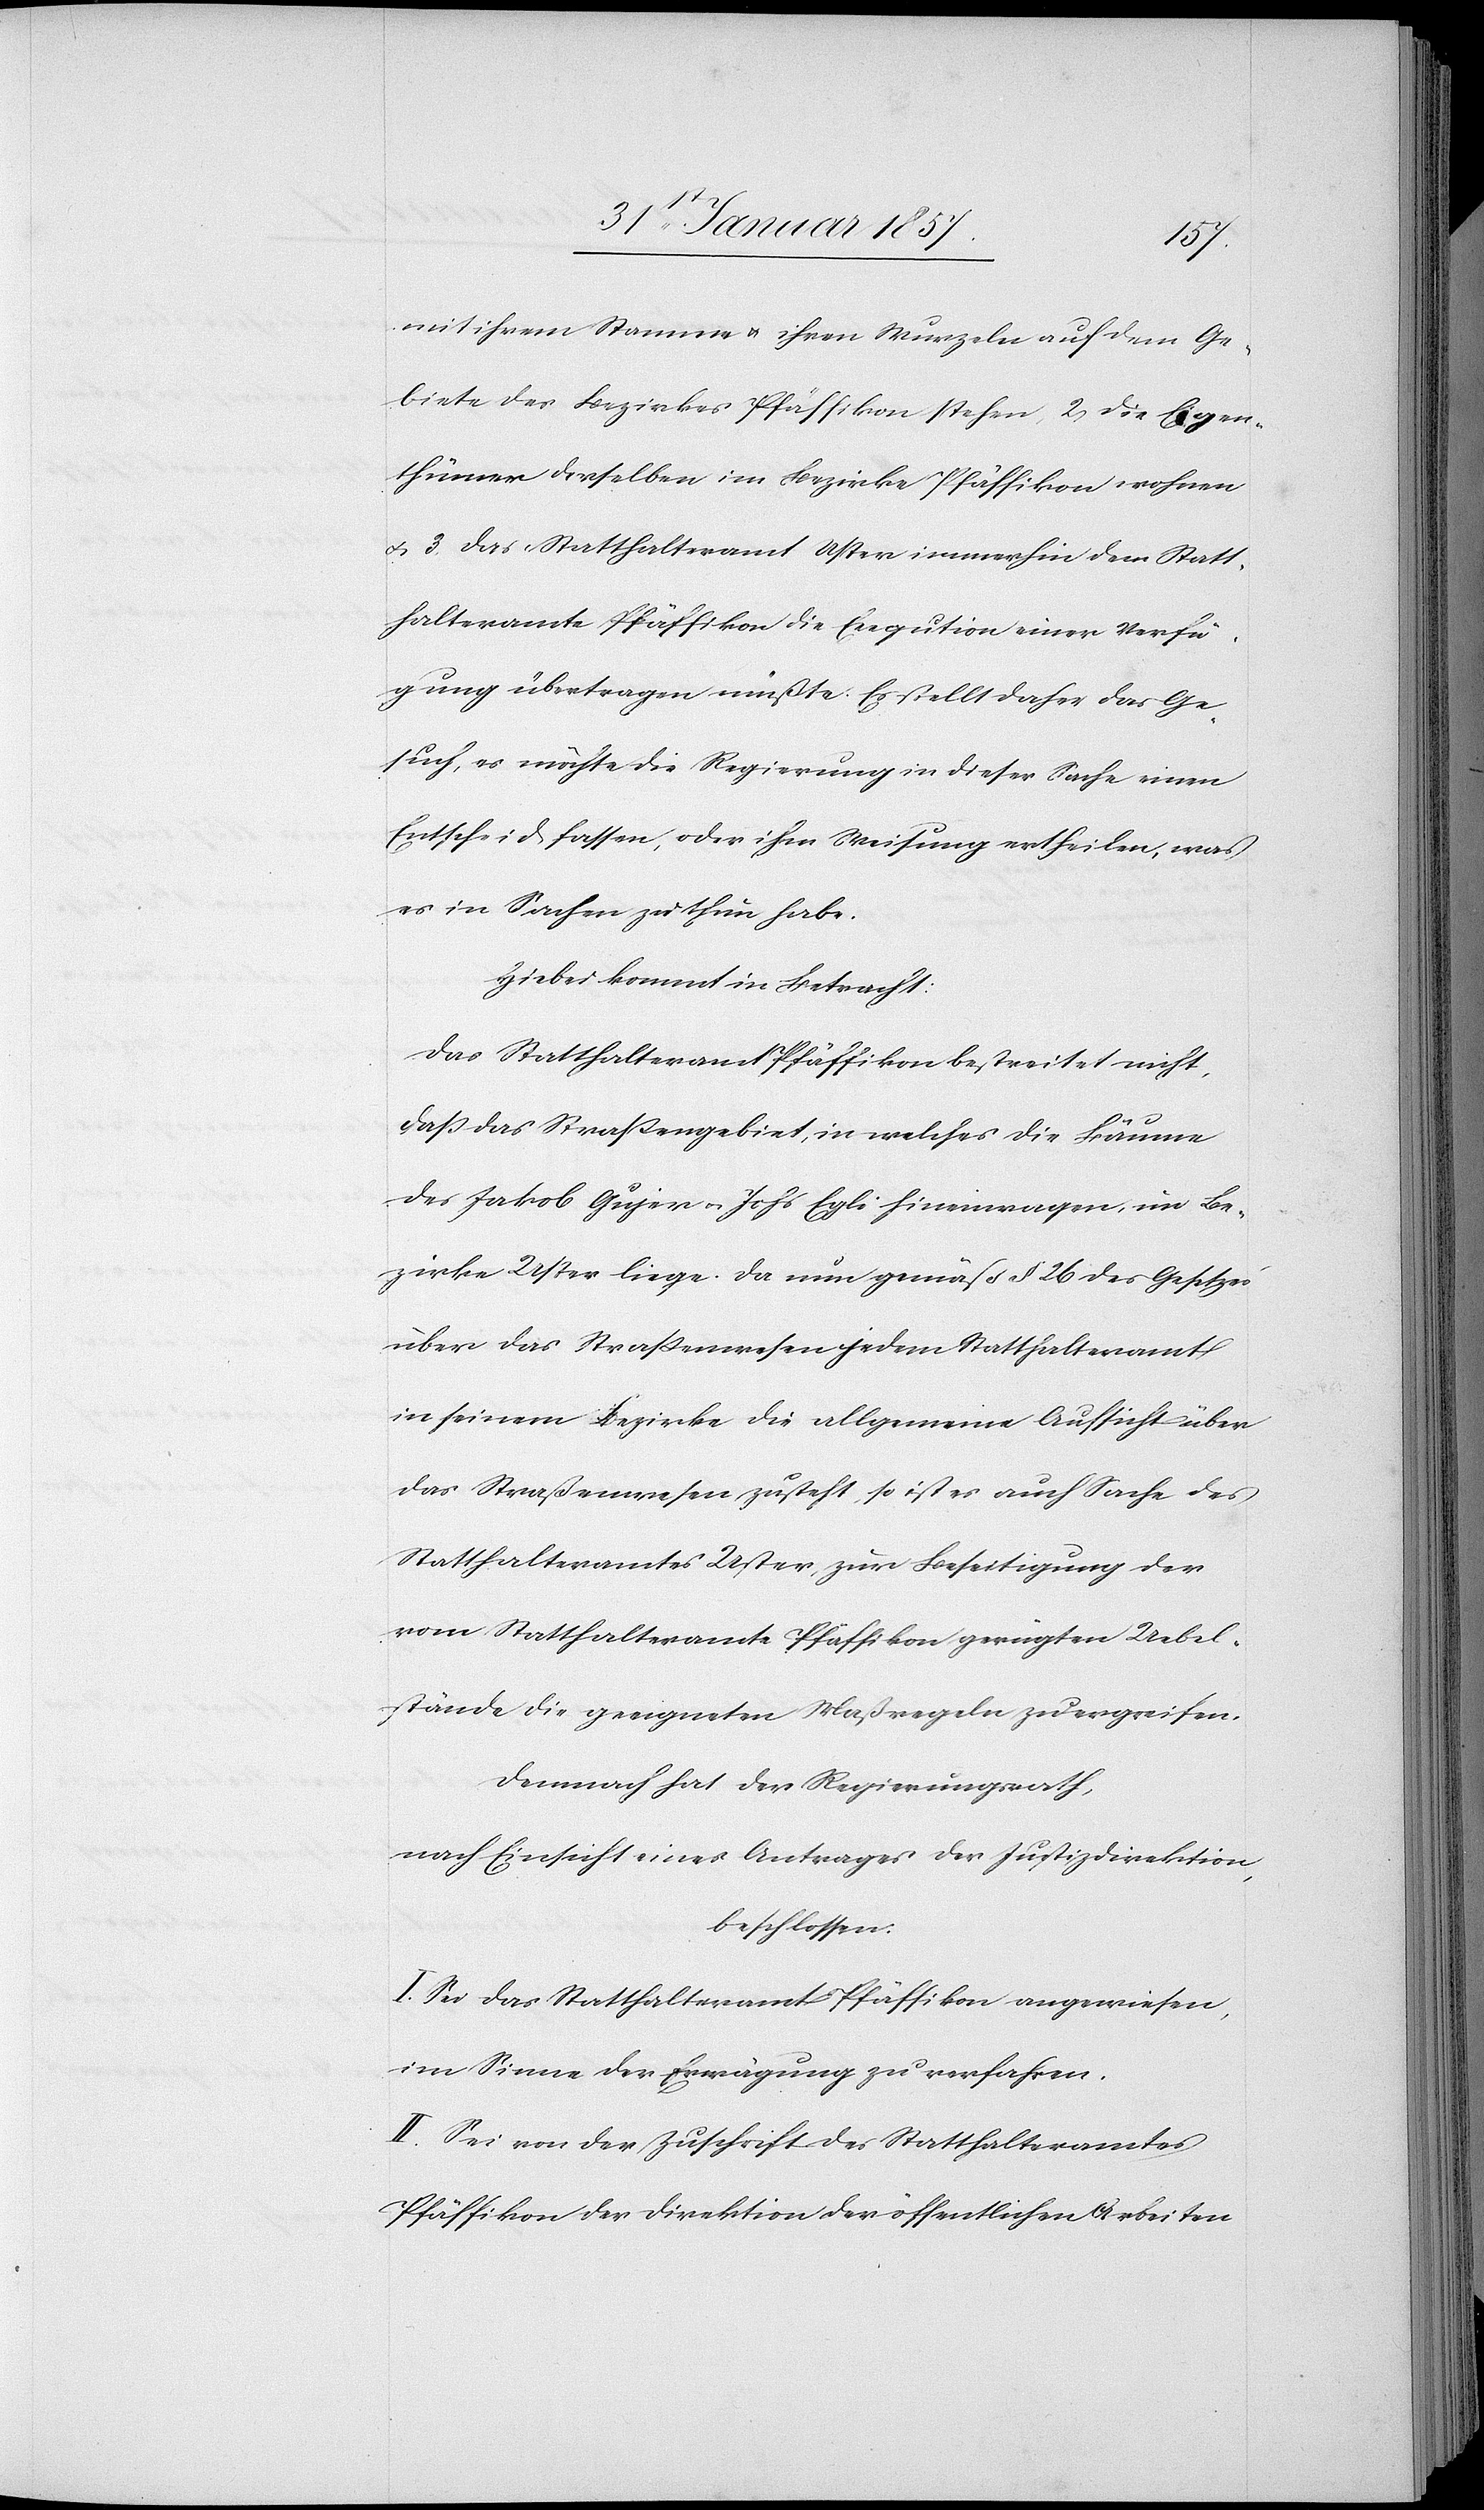
mit ihrem Stamme & ihren Wurzeln auf dem Ge¬
biete des Bezirks Pfäffikon stehen, 2, Die Eigen¬
thümer derselben im Bezirke Pfäffikon wohnen
& 3. das Statthalteramt Uster immerhin dem Statt¬
halteramte Pfäffikon die Exeqution [sic!] einer Verfü¬
gung übertrage müßte. Es stellt daher das Ge¬
such, es möchte die Regierung in dieser Sache einen
Entscheid fassen, oder ihm Weisung ertheilen, was
es in Sachen zu thun habe.
Hiebei kommt in Betracht:
Das Statthalteramt Pfäffikon bestreitet nicht,
daß das Straßengebiet, in welches die Bäume
des Jakob Gujer u. Johs Egli hineinragen im Be¬
zirk Uster liege. Da nun gemäß § 26 des Gesetzes
über das Straßenwesen jedem Statthalteramt
in seinem Bezirke die allgemeine Aufsicht über
das Straßenwesen zusteht, so ist es auch Sache des
Statthalteramtes Uster zur Beseitigung der
vom Statthalteramte Pfäffikon gerügten Uebel¬
stände die geeigneten Maßregeln zu ergreifen.
Demnach hat der Regierungsrath,
nach Einsicht eines Antrages der Justizdirektion,
beschossen:
I. Sei das Statthalteramt Pfäffikon angewiesen,
im Sinne der Erwägung zu verfahren.
II. Sei von der Zuschrift des Statthalteramtes
Pfäffikon der Direktion der öffentlichen Arbeiten